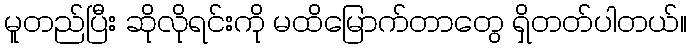
မူတည်ပြီး ဆိုလိုရင်းကို မထိမြောက်တာတွေ ရှိတတ်ပါတယ်။